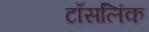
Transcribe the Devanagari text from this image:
टॉसलिंक